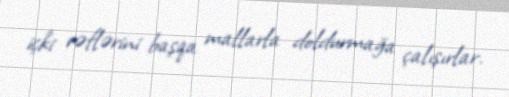
içki rəflərini başqa mallarla doldurmağa çalışırlar.